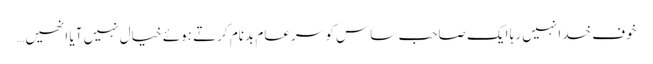
خوف خدا نہیں رہا ایک صاحبِ ساس کو سرِعام بدنام کرتے ہوئے خیال نہیں آیا اِنھیں…